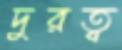
দুরত্ব